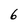
Character: 6